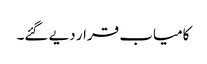
کامیاب قرار دیے گئے۔